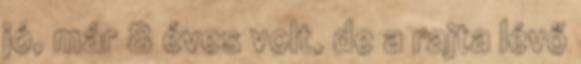
jó, már 8 éves volt, de a rajta lévő